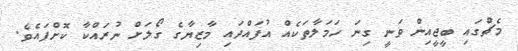
މެޗްގައި ބީޖީއިން ވަނީ ގިނަ ހަމަލާތަކެއް އުފައްދައި މާޒިޔާގެ ގޯލަށް ނުރައްކާ ކޮށްފައެވެ.